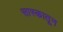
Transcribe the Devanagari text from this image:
सास्कातून